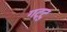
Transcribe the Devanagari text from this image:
गट्टु